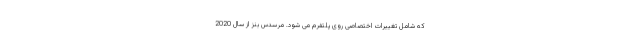
که شامل تغییرات اختصاصی روی پلتفرم می شود. مرسدس بنز از سال 2020